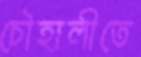
চৌহালীতে